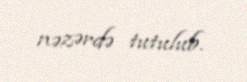
nəzərdə tutulub.